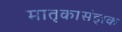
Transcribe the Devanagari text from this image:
मातृकासंज्ञक